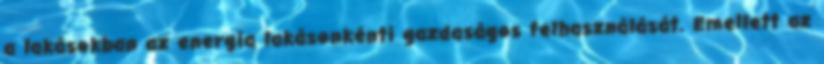
a lakásokban az energia lakásonkénti gazdaságos felhasználását. Emellett az